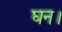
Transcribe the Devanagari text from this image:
घन।